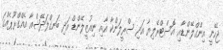
ޖެހޭނީ އިންގްލޭންޑާއި އޮސްޓްރޭލިޔާ އަދި ސްރީލަންކާ އާއި ނިއުޒީލޭންޑް އަދި ބަނގްލަދޭޝްއާ އެއްގްރޫޕެއްގަ